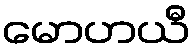
မောဟယီ